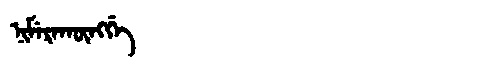
Manchu: ᠨᡳᠮᡝᡵᠠᡴᡡᠩᡤᡝ
Romanization: NIMERAKŪNGGE